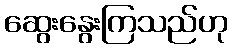
ဆွေးနွေးကြသည်ဟု